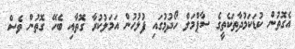
އެގޮތުން ކުޑަކަމުދާތަކެތީގެ ސާޕްމަލް ހޯދުމުގައި ފުލުހުން އަމަލުކުރާ ގޮތާއި ބެހޭ ގޮތުން ވެސް